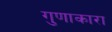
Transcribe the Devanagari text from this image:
गुणाकारा